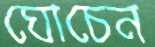
ঘোচেন